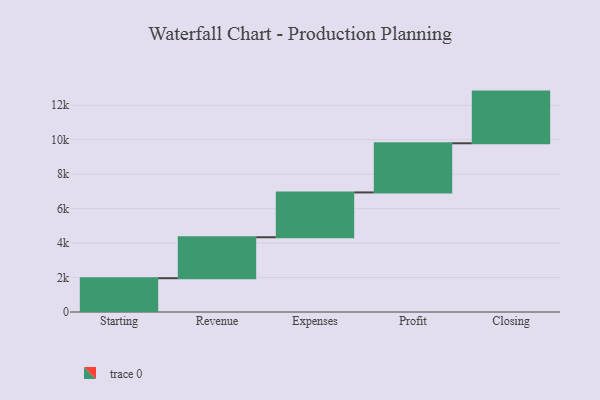
{"axis": {"x": "Step", "y": "Value"}, "legend": [""], "data": [{"x": "Starting", "y": 1961.0, "type": ""}, {"x": "Revenue", "y": 2379.0, "type": ""}, {"x": "Expenses", "y": 2601.0, "type": ""}, {"x": "Profit", "y": 2853.0, "type": ""}, {"x": "Closing", "y": 3000, "type": ""}]}